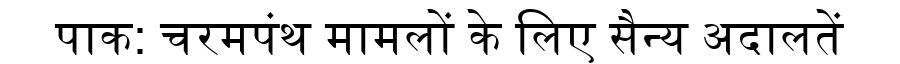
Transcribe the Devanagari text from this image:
पाक: चरमपंथ मामलों के लिए सैन्य अदालतें